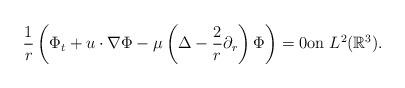
LaTeX: \begin{align*}\frac{1}{r}\left(\Phi_t+u\cdot \nabla \Phi-\mu \left(\Delta -\frac{2}{r}\partial_r\right)\Phi\right)=0\textrm{on}\ L^{2}(\mathbb{R}^{3}). \end{align*}